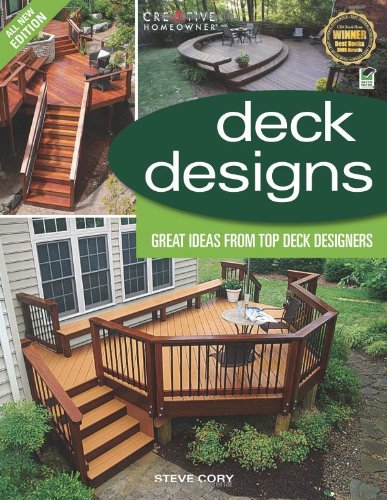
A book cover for Deck Designs, 3rd Edition: Great Design Ideas from Top Deck Designers (Home Improvement); Steve Cory; Crafts, Hobbies & Home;